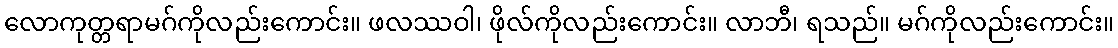
လောကုတ္တရာမဂ်ကိုလည်းကောင်း။ ဖလဿဝါ၊ ဖိုလ်ကိုလည်းကောင်း။ လာဘီ၊ ရသည်။ မဂ်ကိုလည်းကောင်း။